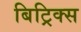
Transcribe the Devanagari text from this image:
बिट्रिक्स